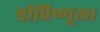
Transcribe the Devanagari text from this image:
श्रीविष्णूला